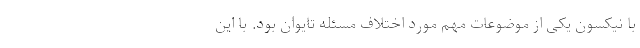
با نیکسون یکی از موضوعات مهم مورد اختلاف مسئله تایوان بود. با این